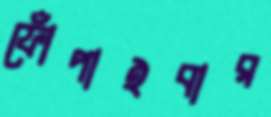
ফোঁপাইবার